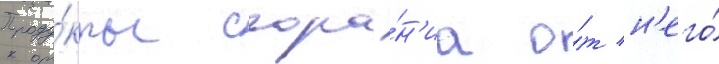
Проду́кты сгора́н'иа о́т н'его́